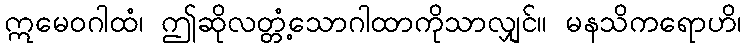
ဣမေဝဂါထံ၊ ဤဆိုလတ္တံ့သောဂါထာကိုသာလျှင်။ မနသိကရောဟိ၊